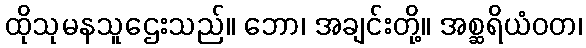
ထိုသုမနသူဌေးသည်။ ဘော၊ အချင်းတို့။ အစ္ဆရိယံဝတ၊